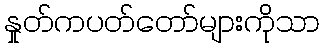
နှုတ်ကပတ်တော်များကိုသာ